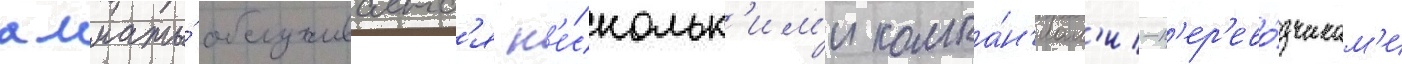
алматы́ обслуживаетс'я н'е́скольк'им'и компа́н'иам'и-п'ер'ево́зчикам'и